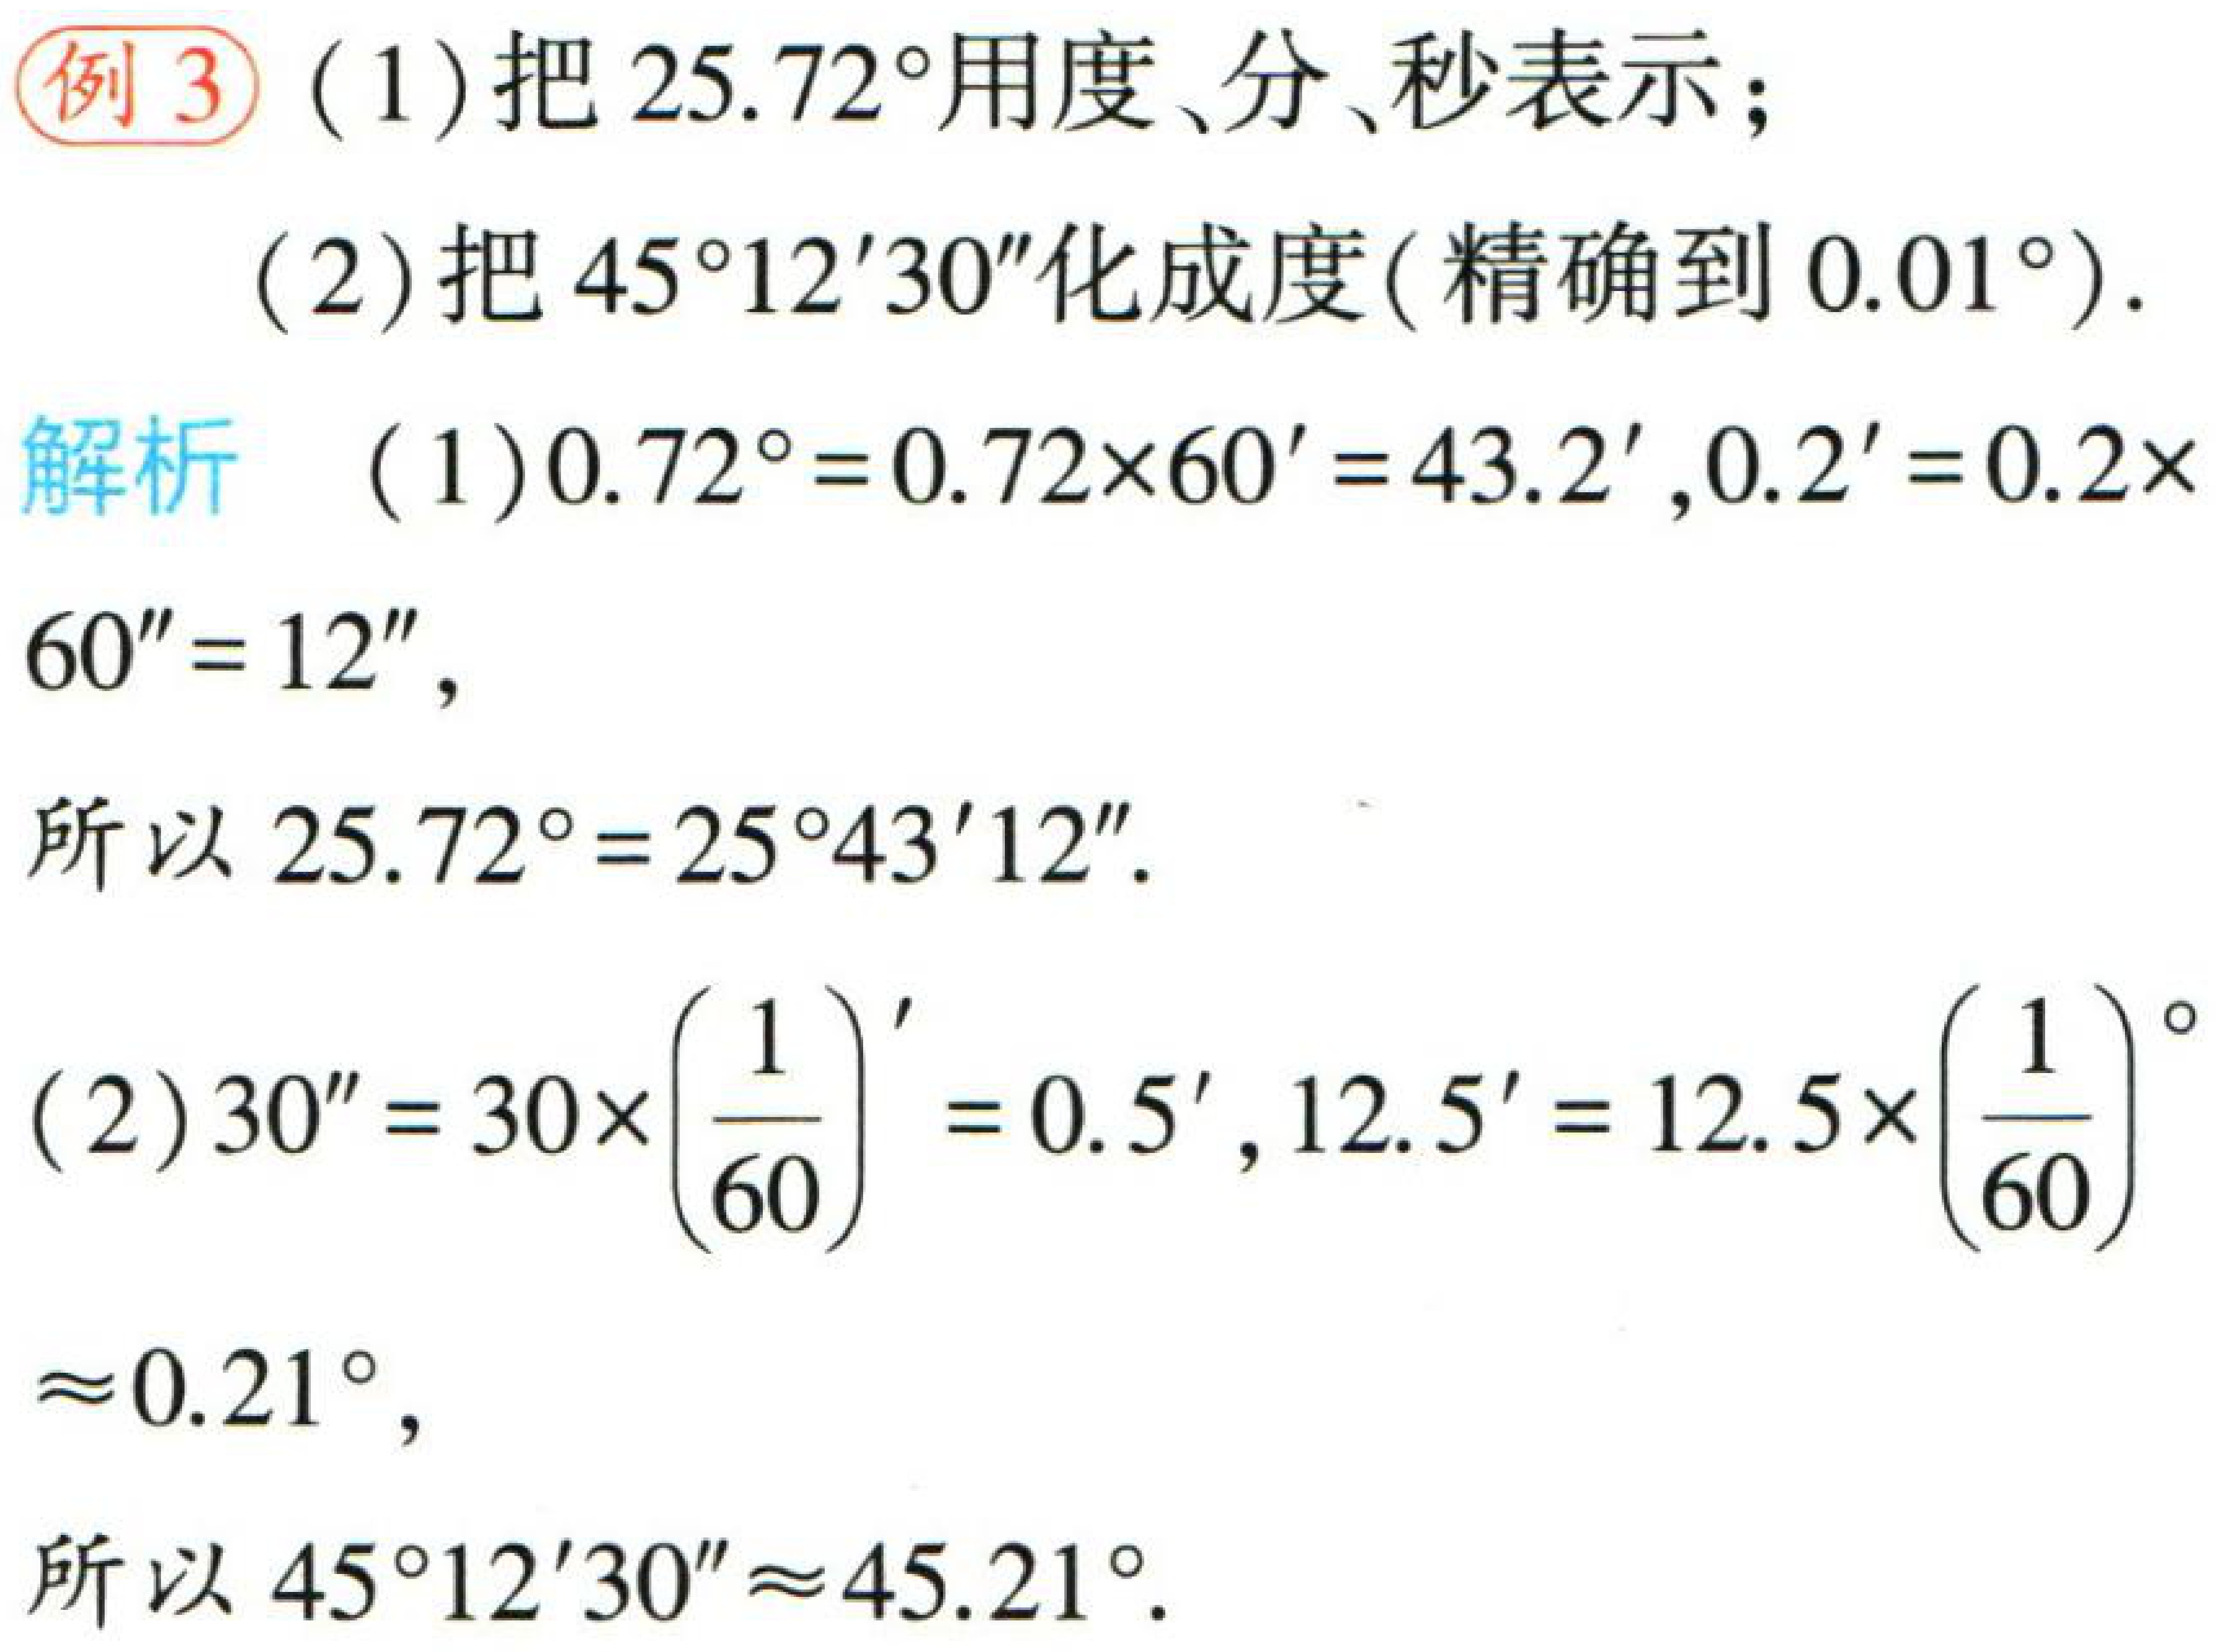
例3

(1)把\(25.72^{\circ}\)用度、分、秒表示；

(2)把\(45^{\circ}12'30''\)化成度(精确到\(0.01^{\circ}\)).

解析

(1)\(0.72^{\circ}=0.72\times60' = 43.2'\)，\(0.2'=0.2\times60'' = 12''\)，

所以\(25.72^{\circ}=25^{\circ}43'12''\).

(2)\(30'' = 30\times\left(\frac{1}{60}\right)'=0.5'\)，\(12.5' = 12.5\times\left(\frac{1}{60}\right)^{\circ}\approx0.21^{\circ}\)，

所以\(45^{\circ}12'30''\approx45.21^{\circ}\).